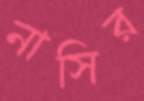
নাসির